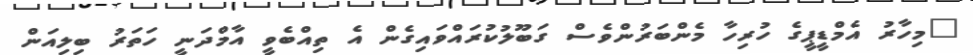
"މިހާރު އެމްޑީޕީގެ ހުރިހާ މެންބަރުންވެސް ގަބޫލުކުރައްވައިގެން އެ ތިއްބެވީ އާމްދަނީ ހަތަރު ބިލިއަން